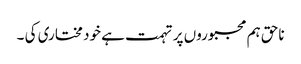
ناحق ہم مجبوروں پر تہمت ہے خود مختاری کی ۔